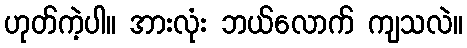
ဟုတ်ကဲ့ပါ။ အားလုံး ဘယ်လောက် ကျသလဲ။